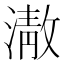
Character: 𭲕